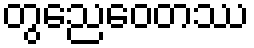
တွညေဝေတဿ